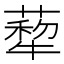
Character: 𦺙